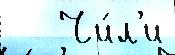
   Чи́л'и